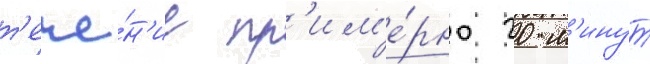
т'ече́н'ие пр'им'е́рно 20 м'инут